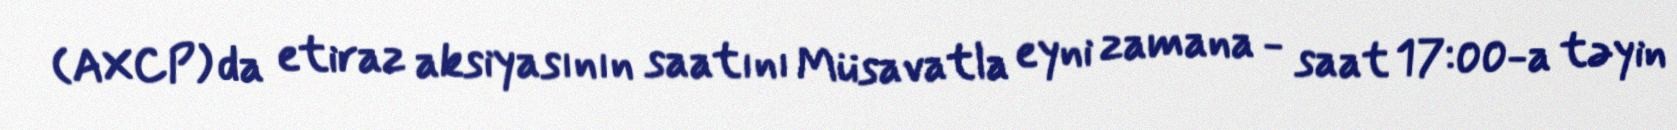
(AXCP) da etiraz aksiyasının saatını Müsavatla eyni zamana - saat 17:00-a təyin